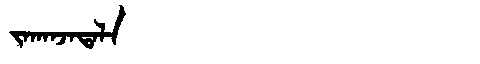
Manchu: ᠵᠠᡴᠠᠨᠵᠠᡨᠠᠯᠠ
Romanization: JAKANJATALA